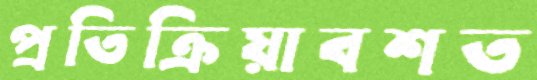
প্রতিক্রিয়াবশত